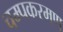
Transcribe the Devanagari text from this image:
चम्पकरमण